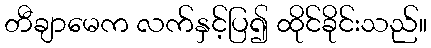
တီချာမေက လက်နှင့်ပြ၍ ထိုင်ခိုင်းသည်။